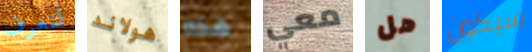
لنعرف هولاند هذه معي هل سيكون